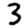
Digit: 3